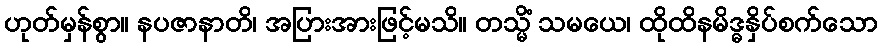
ဟုတ်မှန်စွာ။ နပဇာနာတိ၊ အပြားအားဖြင့်မသိ။ တသ္မိံ သမယေ၊ ထိုထိနမိဒ္ဓနှိပ်စက်သော